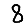
Digit: 8